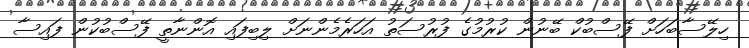
ހިލޭސާބަހަށް ފޭސްބުކް ބޭނުން ކުރުމުގެ ފުރުސަތު އަހަރެމެންނަށް ލިބިފައި އޮންނާތީ ފޭސްބުކުން ފައިސާ